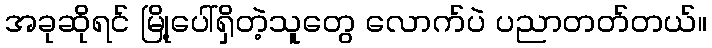
အခုဆိုရင် မြို့ပေါ်ရှိတဲ့သူတွေ လောက်ပဲ ပညာတတ်တယ်။